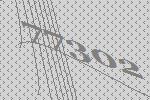
77302